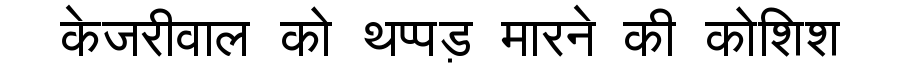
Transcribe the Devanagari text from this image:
केजरीवाल को थप्पड़ मारने की कोशिश